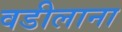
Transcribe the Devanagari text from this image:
वडीलाना